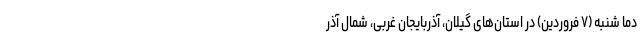
دما شنبه (۷ فروردین) در استان‌های گیلان، آذربایجان غربی، شمال آذر